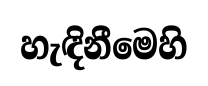
හැඳිනීමෙහි